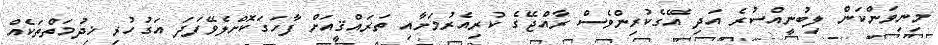
މިނިވަންކަން ލިބުނީއްސުރެ އަދި އޭގެކުރިންވެސް ރާއްޖޭގެ ކުރިއެރުމަށާއި ތަރައްޤީއަށް ފާހަގަކޮށްލެވޭފަދަ އަގުހުރި ޚިދުމަތްތަކެއް